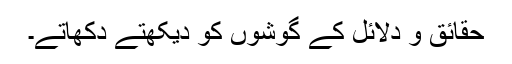
حقائق و دلائل کے گوشوں کو دیکھتے دکھاتے۔